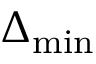
\Delta _ { \mathrm { m i n } }